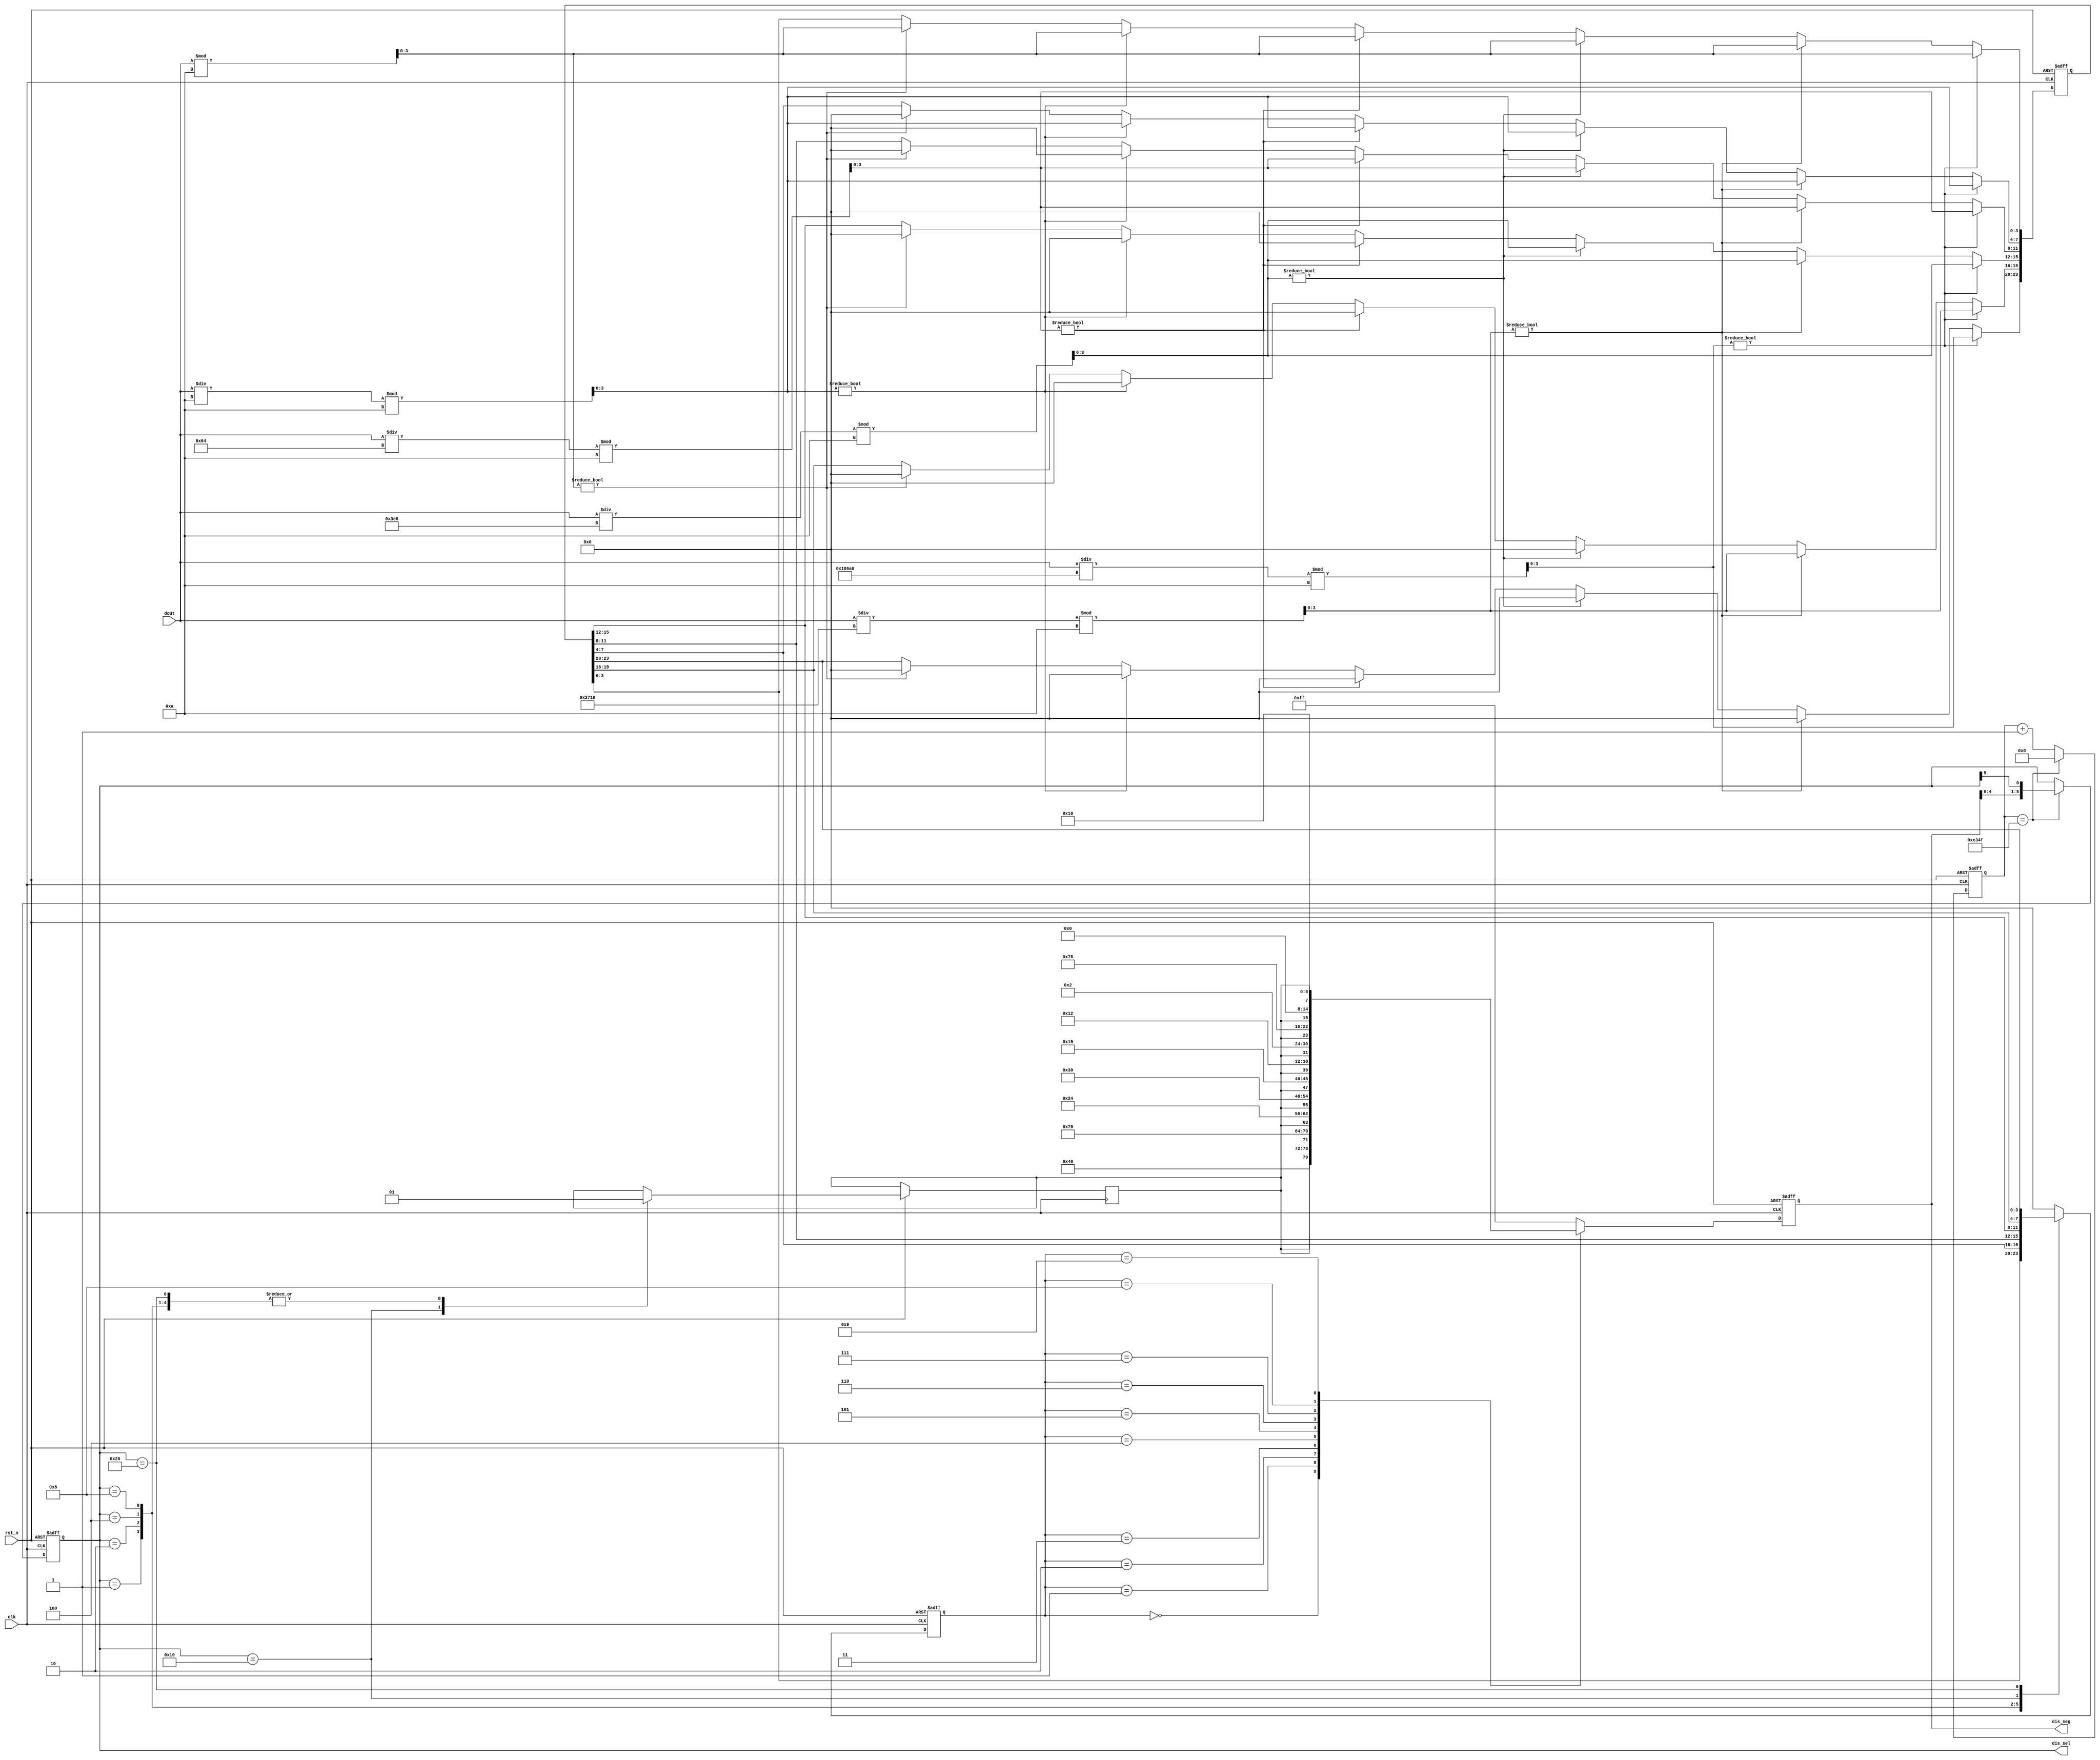
module  seg_ctrl(clk, rst_n, dout, dis_sel, dis_seg);
	input clk;
	input rst_n;
	input [19 : 0]dout;
	
	output reg [5 : 0]dis_sel;
	output reg [7 : 0]dis_seg;
	
	reg        dis_dp;
	
	reg [31:0]cnt;
	reg [3:0]dis_num;
	reg [23:0]split_num;
	
	wire [3:0]num_r1;  	//1
	wire [3:0]num_r2;	//2
	wire [3:0]num_r3;	//3
	wire [3:0]num_r4;	//4
	wire [3:0]num_r5;	//5
	wire [3:0]num_r6;	//6
	
	
	
always@(posedge clk or negedge rst_n)begin
	if(!rst_n)begin
		cnt <= 32'b0;
	end
	else if(cnt == 32'd49999)begin
		cnt <= 32'b0;
	end
	else
		cnt <= cnt + 1'b1;
end

always@(posedge clk or negedge rst_n)begin
	if(!rst_n)begin
		dis_sel <= 6'b111110;
	end
	else if(cnt == 32'd49999)
		dis_sel <= {dis_seg[4:0], dis_sel[5]};
	else
		dis_sel <= dis_sel;
end


	assign num_r1 = dout % 4'd10;
	assign num_r2 = (dout/4'd10) % 4'd10;
	assign num_r3 = (dout/7'd100) % 4'd10;
	assign num_r4 = (dout/10'd1000) % 4'd10;
	assign num_r5 = (dout/14'd10000) % 4'd10;
	assign num_r6 = (dout/17'd100000) % 4'd10;
	
//BCD
always@(posedge clk or negedge rst_n)begin
	if(!rst_n)begin
		split_num <= 24'h000000;
	end
	else if(num_r6)begin
		split_num[23:0] <= {num_r6, num_r5, num_r4, num_r3, num_r2, num_r1};
	end
	else if(num_r5)begin
		split_num[19:0] <= {num_r5, num_r4, num_r3, num_r2, num_r1};
		split_num[23:20] <= 4'h0;
	end
	else if(num_r4)begin
		split_num[15:0] <= {num_r4, num_r3, num_r2, num_r1};
		split_num[23:16] <= 8'h00;
	end
	else if(num_r3)begin
		split_num[11:0] <= {num_r3, num_r2, num_r1};
		split_num[23:12] <= 12'h000;
	end
	else if(num_r2)begin
		split_num[7:0] <= {num_r2, num_r1};
		split_num[23:8] <= 16'h0000;
	end
	else if(num_r1)begin
		split_num[3:0] <= num_r1;
		split_num[23:4] <= 20'h00000;
	end
end


//
always @ (posedge clk or negedge rst_n) begin
	if (!rst_n)
		dis_num <= 0;
	else
		case(dis_sel)
			6'b000001:begin dis_num <= split_num[3:0];dis_dp <= 1'b1;end
			6'b000010:begin	dis_num <= split_num[7:4];dis_dp <= 1'b1;end
			6'b000100:begin	dis_num <= split_num[11:8];dis_dp <= 1'b1;end
			6'b001000:begin	dis_num <= split_num[15:12];dis_dp <= 1'b1;end	
			6'b010000:begin	dis_num <= split_num[19:16];dis_dp <= 1'b0;end
			6'b100000:begin	dis_num <= split_num[23:20];dis_dp <= 1'b1;end					
			default:	dis_num <= 0;
		endcase
end

//
always @ (posedge clk or negedge rst_n) begin
	if (!rst_n)
		dis_seg <= 8'b1111_1111;					//
	else 
		case (dis_num)							//
			4'h0 : dis_seg <= {dis_dp, 7'b1000000};//07'b000_0001
			4'h1 : dis_seg <= {dis_dp, 7'b1111001};
			4'h2 : dis_seg <= {dis_dp, 7'b0100100};
			4'h3 : dis_seg <= {dis_dp, 7'b0110000};
			4'h4 : dis_seg <= {dis_dp, 7'b0011001};
			4'h5 : dis_seg <= {dis_dp, 7'b0010010};
			4'h6 : dis_seg <= {dis_dp, 7'b0000010};
			4'h7 : dis_seg <= {dis_dp, 7'b1111000};
			4'h8 : dis_seg <= {dis_dp, 7'b0000000};
			4'h9 : dis_seg <= {dis_dp, 7'b0010000};//97'b000_0100
			default : dis_seg <= 8'b1111_1111;//1610
		endcase	
end

endmodule